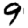
Digit: 9